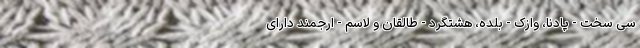
سی سخت - پادنا، وازک - بلده، هشتگرد - طالقان و لاسم - ارجمند دارای